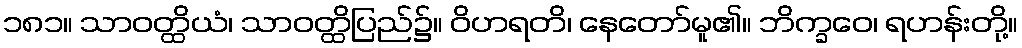
၁၈၁။ သာဝတ္ထိယံ၊ သာဝတ္ထိပြည်၌။ ဝိဟရတိ၊ နေတော်မူ၏။ ဘိက္ခဝေ၊ ရဟန်းတို့။